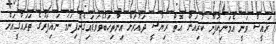
ރައީސް ވަނީ އެމަނިކުފާނު ކުރިއަށް އޮތް ރިޔާސީ ދައުރަށް އިންތިޚަބުވެވަޑައިގެންފިނަމަ ނައިފަރުގެ ތަރައްޤީއަށް